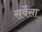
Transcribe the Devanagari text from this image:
सर्वेसा